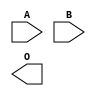
module AND2(A, B, O);
  input A;
  input B;
  output O;
endmodule

module CEMux(I, O);
  input I;
  output O;
endmodule

module CascadeBuf(I, O);
  input I;
  output O;
endmodule

module CascadeMux(I, O);
  input I;
  output O;
endmodule

module ClkMux(I, O);
  input I;
  output O;
endmodule

module ColCtrlBuf(I, O);
  input I;
  output O;
endmodule

module DummyBuf(I, O);
  input I;
  output O;
endmodule

module Glb2LocalMux(I, O);
  input I;
  output O;
endmodule

module GlobalMux(I, O);
  input I;
  output O;
endmodule

module ICE_CARRY_IN_MUX(carryinitout, carryinitin);
  input carryinitin;
  output carryinitout;
endmodule

module ICE_GB(GLOBALBUFFEROUTPUT, USERSIGNALTOGLOBALBUFFER);
  output GLOBALBUFFEROUTPUT;
  input USERSIGNALTOGLOBALBUFFER;
endmodule

module ICE_GB_IO(PACKAGEPIN, LATCHINPUTVALUE, CLOCKENABLE, INPUTCLK, OUTPUTCLK, OUTPUTENABLE, DOUT1, DOUT0, DIN1, DIN0, GLOBALBUFFEROUTPUT);
  input CLOCKENABLE;
  output DIN0;
  output DIN1;
  input DOUT0;
  input DOUT1;
  output GLOBALBUFFEROUTPUT;
  input INPUTCLK;
  input LATCHINPUTVALUE;
  input OUTPUTCLK;
  input OUTPUTENABLE;
  inout PACKAGEPIN;
endmodule

module ICE_IO(PACKAGEPIN, LATCHINPUTVALUE, CLOCKENABLE, INPUTCLK, OUTPUTCLK, OUTPUTENABLE, DOUT1, DOUT0, DIN1, DIN0);
  input CLOCKENABLE;
  output DIN0;
  output DIN1;
  input DOUT0;
  input DOUT1;
  input INPUTCLK;
  input LATCHINPUTVALUE;
  input OUTPUTCLK;
  input OUTPUTENABLE;
  inout PACKAGEPIN;
endmodule

module ICE_IO_DLY(PACKAGEPIN, LATCHINPUTVALUE, CLOCKENABLE, INPUTCLK, OUTPUTCLK, OUTPUTENABLE, DOUT1, DOUT0, DIN1, DIN0, SCLK, SDI, CRSEL, SDO);
  input CLOCKENABLE;
  input CRSEL;
  output DIN0;
  output DIN1;
  input DOUT0;
  input DOUT1;
  input INPUTCLK;
  input LATCHINPUTVALUE;
  input OUTPUTCLK;
  input OUTPUTENABLE;
  inout PACKAGEPIN;
  input SCLK;
  input SDI;
  output SDO;
endmodule

module ICE_IO_DS(PACKAGEPIN, PACKAGEPINB, LATCHINPUTVALUE, CLOCKENABLE, INPUTCLK, OUTPUTCLK, OUTPUTENABLE, DOUT1, DOUT0, DIN1, DIN0);
  input CLOCKENABLE;
  output DIN0;
  output DIN1;
  input DOUT0;
  input DOUT1;
  input INPUTCLK;
  input LATCHINPUTVALUE;
  input OUTPUTCLK;
  input OUTPUTENABLE;
  inout PACKAGEPIN;
  inout PACKAGEPINB;
endmodule

module ICE_IO_OD(PACKAGEPIN, LATCHINPUTVALUE, CLOCKENABLE, INPUTCLK, OUTPUTCLK, OUTPUTENABLE, DOUT1, DOUT0, DIN1, DIN0);
  input CLOCKENABLE;
  output DIN0;
  output DIN1;
  input DOUT0;
  input DOUT1;
  input INPUTCLK;
  input LATCHINPUTVALUE;
  input OUTPUTCLK;
  input OUTPUTENABLE;
  inout PACKAGEPIN;
endmodule

module ICE_IR500_DRV(IRLEDEN, IRPWM, CURREN, IRLEDEN2, IRPWM2, IRLED1, IRLED2);
  input CURREN;
  output IRLED1;
  output IRLED2;
  input IRLEDEN;
  input IRLEDEN2;
  input IRPWM;
  input IRPWM2;
endmodule

module INV(I, O);
  input I;
  output O;
endmodule

module IO_PAD(PACKAGEPIN, DOUT, DIN, OE);
  input DIN;
  output DOUT;
  input OE;
  inout PACKAGEPIN;
endmodule

module InMux(I, O);
  input I;
  output O;
endmodule

module IoInMux(I, O);
  input I;
  output O;
endmodule

module IoSpan4Mux(I, O);
  input I;
  output O;
endmodule

module IpInMux(I, O);
  input I;
  output O;
endmodule

module IpOutMux(I, O);
  input I;
  output O;
endmodule

module LocalMux(I, O);
  input I;
  output O;
endmodule

module LogicCell(carryout, lcout, carryin, clk, clkb, in0, in1, in2, in3, sr);
  input carryin;
  output carryout;
  input clk;
  input clkb;
  input in0;
  input in1;
  input in2;
  input in3;
  output lcout;
  input sr;
endmodule

module LogicCell2(carryout, lcout, carryin, clk, in0, in1, in2, in3, sr, ce);
  input carryin;
  output carryout;
  input ce;
  input clk;
  input in0;
  input in1;
  input in2;
  input in3;
  output lcout;
  input sr;
endmodule

module LogicCell40(carryout, lcout, ltout, carryin, clk, in0, in1, in2, in3, sr, ce);
  input carryin;
  output carryout;
  input ce;
  input clk;
  input in0;
  input in1;
  input in2;
  input in3;
  output lcout;
  output ltout;
  input sr;
endmodule

module Odrv12(I, O);
  input I;
  output O;
endmodule

module Odrv4(I, O);
  input I;
  output O;
endmodule

module PAD_BANK0(PAD, PADIN, PADOUT, PADOEN);
  inout PAD;
  output PADIN;
  input PADOEN;
  input PADOUT;
endmodule

module PAD_BANK1(PAD, PADIN, PADOUT, PADOEN);
  inout PAD;
  output PADIN;
  input PADOEN;
  input PADOUT;
endmodule

module PAD_BANK2(PAD, PADIN, PADOUT, PADOEN);
  inout PAD;
  output PADIN;
  input PADOEN;
  input PADOUT;
endmodule

module PAD_BANK3(PAD, PADIN, PADOUT, PADOEN);
  inout PAD;
  output PADIN;
  input PADOEN;
  input PADOUT;
endmodule

module PLL40(PLLIN, PLLOUTCORE, PLLOUTGLOBAL, EXTFEEDBACK, DYNAMICDELAY, LOCK, BYPASS, RESETB, SDI, SDO, SCLK, LATCHINPUTVALUE);
  input BYPASS;
  input [7:0] DYNAMICDELAY;
  input EXTFEEDBACK;
  input LATCHINPUTVALUE;
  output LOCK;
  input PLLIN;
  output PLLOUTCORE;
  output PLLOUTGLOBAL;
  input RESETB;
  input SCLK;
  input SDI;
  output SDO;
endmodule

module PLL40_2(PLLIN, PLLOUTCOREA, PLLOUTGLOBALA, PLLOUTCOREB, PLLOUTGLOBALB, EXTFEEDBACK, DYNAMICDELAY, LOCK, BYPASS, RESETB, SDI, SDO, SCLK, LATCHINPUTVALUE);
  input BYPASS;
  input [7:0] DYNAMICDELAY;
  input EXTFEEDBACK;
  input LATCHINPUTVALUE;
  output LOCK;
  input PLLIN;
  output PLLOUTCOREA;
  output PLLOUTCOREB;
  output PLLOUTGLOBALA;
  output PLLOUTGLOBALB;
  input RESETB;
  input SCLK;
  input SDI;
  output SDO;
endmodule

module PLL40_2F(PLLIN, PLLOUTCOREA, PLLOUTGLOBALA, PLLOUTCOREB, PLLOUTGLOBALB, EXTFEEDBACK, DYNAMICDELAY, LOCK, BYPASS, RESETB, SDI, SDO, SCLK, LATCHINPUTVALUE);
  input BYPASS;
  input [7:0] DYNAMICDELAY;
  input EXTFEEDBACK;
  input LATCHINPUTVALUE;
  output LOCK;
  input PLLIN;
  output PLLOUTCOREA;
  output PLLOUTCOREB;
  output PLLOUTGLOBALA;
  output PLLOUTGLOBALB;
  input RESETB;
  input SCLK;
  input SDI;
  output SDO;
endmodule

module PREIO(PADIN, PADOUT, PADOEN, LATCHINPUTVALUE, CLOCKENABLE, INPUTCLK, OUTPUTCLK, OUTPUTENABLE, DOUT1, DOUT0, DIN1, DIN0);
  input CLOCKENABLE;
  output DIN0;
  output DIN1;
  input DOUT0;
  input DOUT1;
  input INPUTCLK;
  input LATCHINPUTVALUE;
  input OUTPUTCLK;
  input OUTPUTENABLE;
  input PADIN;
  output PADOEN;
  output PADOUT;
endmodule

module PRE_IO(PADIN, PADOUT, PADOEN, LATCHINPUTVALUE, CLOCKENABLE, INPUTCLK, OUTPUTCLK, OUTPUTENABLE, DOUT1, DOUT0, DIN1, DIN0);
  input CLOCKENABLE;
  output DIN0;
  output DIN1;
  input DOUT0;
  input DOUT1;
  input INPUTCLK;
  input LATCHINPUTVALUE;
  input OUTPUTCLK;
  input OUTPUTENABLE;
  input PADIN;
  output PADOEN;
  output PADOUT;
endmodule

module PRE_IO_GBUF(GLOBALBUFFEROUTPUT, PADSIGNALTOGLOBALBUFFER);
  output GLOBALBUFFEROUTPUT;
  input PADSIGNALTOGLOBALBUFFER;
endmodule

module QuadClkMux(I, O);
  input I;
  output O;
endmodule

module SB_G2TBuf(I, O);
  input I;
  output O;
endmodule

module SMCCLK(CLK);
  output CLK;
endmodule

module SRMux(I, O);
  input I;
  output O;
endmodule

module Sp12to4(I, O);
  input I;
  output O;
endmodule

module Span12Mux(I, O);
  input I;
  output O;
endmodule

module Span12Mux_h(I, O);
  input I;
  output O;
endmodule

module Span12Mux_s0_h(I, O);
  input I;
  output O;
endmodule

module Span12Mux_s0_v(I, O);
  input I;
  output O;
endmodule

module Span12Mux_s10_h(I, O);
  input I;
  output O;
endmodule

module Span12Mux_s10_v(I, O);
  input I;
  output O;
endmodule

module Span12Mux_s11_h(I, O);
  input I;
  output O;
endmodule

module Span12Mux_s11_v(I, O);
  input I;
  output O;
endmodule

module Span12Mux_s1_h(I, O);
  input I;
  output O;
endmodule

module Span12Mux_s1_v(I, O);
  input I;
  output O;
endmodule

module Span12Mux_s2_h(I, O);
  input I;
  output O;
endmodule

module Span12Mux_s2_v(I, O);
  input I;
  output O;
endmodule

module Span12Mux_s3_h(I, O);
  input I;
  output O;
endmodule

module Span12Mux_s3_v(I, O);
  input I;
  output O;
endmodule

module Span12Mux_s4_h(I, O);
  input I;
  output O;
endmodule

module Span12Mux_s4_v(I, O);
  input I;
  output O;
endmodule

module Span12Mux_s5_h(I, O);
  input I;
  output O;
endmodule

module Span12Mux_s5_v(I, O);
  input I;
  output O;
endmodule

module Span12Mux_s6_h(I, O);
  input I;
  output O;
endmodule

module Span12Mux_s6_v(I, O);
  input I;
  output O;
endmodule

module Span12Mux_s7_h(I, O);
  input I;
  output O;
endmodule

module Span12Mux_s7_v(I, O);
  input I;
  output O;
endmodule

module Span12Mux_s8_h(I, O);
  input I;
  output O;
endmodule

module Span12Mux_s8_v(I, O);
  input I;
  output O;
endmodule

module Span12Mux_s9_h(I, O);
  input I;
  output O;
endmodule

module Span12Mux_s9_v(I, O);
  input I;
  output O;
endmodule

module Span12Mux_v(I, O);
  input I;
  output O;
endmodule

module Span4Mux(I, O);
  input I;
  output O;
endmodule

module Span4Mux_h(I, O);
  input I;
  output O;
endmodule

module Span4Mux_s0_h(I, O);
  input I;
  output O;
endmodule

module Span4Mux_s0_v(I, O);
  input I;
  output O;
endmodule

module Span4Mux_s1_h(I, O);
  input I;
  output O;
endmodule

module Span4Mux_s1_v(I, O);
  input I;
  output O;
endmodule

module Span4Mux_s2_h(I, O);
  input I;
  output O;
endmodule

module Span4Mux_s2_v(I, O);
  input I;
  output O;
endmodule

module Span4Mux_s3_h(I, O);
  input I;
  output O;
endmodule

module Span4Mux_s3_v(I, O);
  input I;
  output O;
endmodule

module Span4Mux_v(I, O);
  input I;
  output O;
endmodule

module carry_logic(cout, carry_in, a, a_bar, b, b_bar, vg_en);
  input a;
  input a_bar;
  input b;
  input b_bar;
  input carry_in;
  output cout;
  input vg_en;
endmodule

module clut4(lut4, in0, in1, in2, in3, in0b, in1b, in2b, in3b, cbit);
  input [15:0] cbit;
  input in0;
  input in0b;
  input in1;
  input in1b;
  input in2;
  input in2b;
  input in3;
  input in3b;
  output lut4;
endmodule

module coredffr(q, d, purst, S_R, cbit, clk, clkb);
  input S_R;
  input [1:0] cbit;
  input clk;
  input clkb;
  input d;
  input purst;
  output q;
endmodule

module coredffr2(q, d, purst, S_R, cbit, clk, clkb, ce);
  input S_R;
  input [1:0] cbit;
  input ce;
  input clk;
  input clkb;
  input d;
  input purst;
  output q;
endmodule

module gio2CtrlBuf(I, O);
  input I;
  output O;
endmodule

module inv_hvt(Y, A);
  input A;
  output Y;
endmodule

module logic_cell(carry_out, lc_out, carry_in, cbit, clk, clkb, in0, in1, in2, in3, prog, purst, s_r);
  input carry_in;
  output carry_out;
  input [20:0] cbit;
  input clk;
  input clkb;
  input in0;
  input in1;
  input in2;
  input in3;
  output lc_out;
  input prog;
  input purst;
  input s_r;
endmodule

module logic_cell2(carry_out, lc_out, carry_in, cbit, clk, clkb, in0, in1, in2, in3, prog, purst, s_r, ce);
  input carry_in;
  output carry_out;
  input [20:0] cbit;
  input ce;
  input clk;
  input clkb;
  input in0;
  input in1;
  input in2;
  input in3;
  output lc_out;
  input prog;
  input purst;
  input s_r;
endmodule

module logic_cell40(carry_out, lc_out, lt_out, carry_in, cbit, clk, clkb, in0, in1, in2, in3, prog, purst, s_r, ce);
  input carry_in;
  output carry_out;
  input [20:0] cbit;
  input ce;
  input clk;
  input clkb;
  input in0;
  input in1;
  input in2;
  input in3;
  output lc_out;
  output lt_out;
  input prog;
  input purst;
  input s_r;
endmodule

module o_mux(O, in0, in1, cbit, prog);
  output O;
  input cbit;
  input in0;
  input in1;
  input prog;
endmodule

module sync_clk_enable(D, NC, Q);
  input D;
  input NC;
  output Q;
endmodule

module Span4Mux_h0(I, O);
  input I;
  output O;
endmodule

module Span4Mux_h1(I, O);
  input I;
  output O;
endmodule

module Span4Mux_h2(I, O);
  input I;
  output O;
endmodule

module Span4Mux_h3(I, O);
  input I;
  output O;
endmodule

module Span4Mux_h4(I, O);
  input I;
  output O;
endmodule

module Span4Mux_v0(I, O);
  input I;
  output O;
endmodule

module Span4Mux_v1(I, O);
  input I;
  output O;
endmodule

module Span4Mux_v2(I, O);
  input I;
  output O;
endmodule

module Span4Mux_v3(I, O);
  input I;
  output O;
endmodule

module Span4Mux_v4(I, O);
  input I;
  output O;
endmodule

module Span12Mux_h0(I, O);
  input I;
  output O;
endmodule

module Span12Mux_h1(I, O);
  input I;
  output O;
endmodule

module Span12Mux_h2(I, O);
  input I;
  output O;
endmodule

module Span12Mux_h3(I, O);
  input I;
  output O;
endmodule

module Span12Mux_h4(I, O);
  input I;
  output O;
endmodule

module Span12Mux_h5(I, O);
  input I;
  output O;
endmodule

module Span12Mux_h6(I, O);
  input I;
  output O;
endmodule

module Span12Mux_h7(I, O);
  input I;
  output O;
endmodule

module Span12Mux_h8(I, O);
  input I;
  output O;
endmodule

module Span12Mux_h9(I, O);
  input I;
  output O;
endmodule

module Span12Mux_h10(I, O);
  input I;
  output O;
endmodule

module Span12Mux_h11(I, O);
  input I;
  output O;
endmodule

module Span12Mux_h12(I, O);
  input I;
  output O;
endmodule

module Span12Mux_v0(I, O);
  input I;
  output O;
endmodule

module Span12Mux_v1(I, O);
  input I;
  output O;
endmodule

module Span12Mux_v2(I, O);
  input I;
  output O;
endmodule

module Span12Mux_v3(I, O);
  input I;
  output O;
endmodule

module Span12Mux_v4(I, O);
  input I;
  output O;
endmodule

module Span12Mux_v5(I, O);
  input I;
  output O;
endmodule

module Span12Mux_v6(I, O);
  input I;
  output O;
endmodule

module Span12Mux_v7(I, O);
  input I;
  output O;
endmodule

module Span12Mux_v8(I, O);
  input I;
  output O;
endmodule

module Span12Mux_v9(I, O);
  input I;
  output O;
endmodule

module Span12Mux_v10(I, O);
  input I;
  output O;
endmodule

module Span12Mux_v11(I, O);
  input I;
  output O;
endmodule

module Span12Mux_v12(I, O);
  input I;
  output O;
endmodule

module GND(Y);
  output Y;
endmodule

module VCC(Y);
  output Y;
endmodule

module INTERCONN(I, O);
  input I;
  output O;
endmodule

module SB_RAM40_4K(RDATA, RCLK, RCLKE, RE, RADDR, WCLK, WCLKE, WE, WADDR, MASK, WDATA);
  output [15:0] RDATA;
  input RCLK, RCLKE, RE;
  input [10:0] RADDR;
  input WCLK, WCLKE, WE;
  input [10:0] WADDR;
  input [15:0] MASK, WDATA;
endmodule